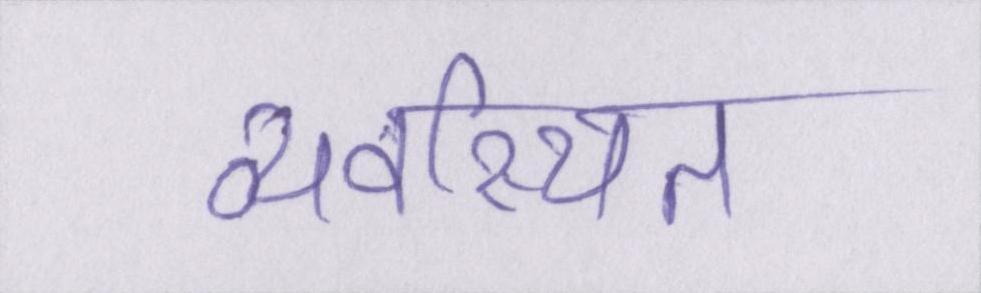
व्यवस्थित